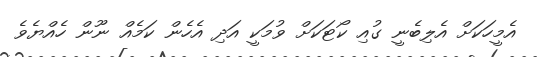
އެމީހަކަށް އެލިބެނީ ގުއި ކޯޓަކަށް ވުމަކީ އަދި އެހެން ކަމެއް ނޫން ހެއްޔެވެ